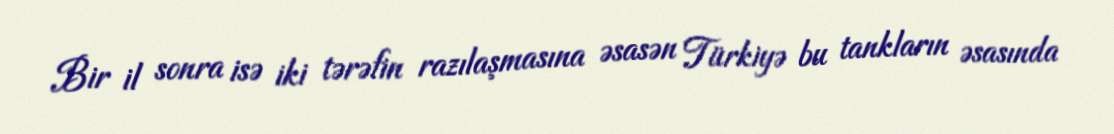
Bir il sonra isə iki tərəfin razılaşmasına əsasən Türkiyə bu tankların əsasında